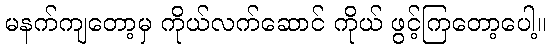
မနက်ကျတော့မှ ကိုယ်လက်ဆောင် ကိုယ် ဖွင့်ကြတော့ပေါ့။